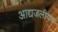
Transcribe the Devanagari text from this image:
आद्यजलीयक